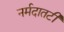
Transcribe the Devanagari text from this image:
नर्मदातटी